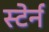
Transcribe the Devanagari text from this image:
स्टेर्न